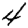
Digit: 4